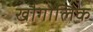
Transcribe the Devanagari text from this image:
खौगोलिक